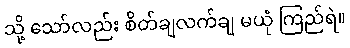
သို့ သော်လည်း စိတ်ချလက်ချ မယုံ ကြည်ရဲ။